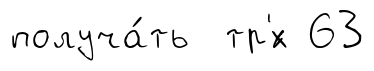
получа́ть тр'́х 63